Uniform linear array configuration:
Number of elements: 24
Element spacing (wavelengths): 1
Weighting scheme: hann
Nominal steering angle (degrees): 60
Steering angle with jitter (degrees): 61.482
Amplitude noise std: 0.05
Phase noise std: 0.05

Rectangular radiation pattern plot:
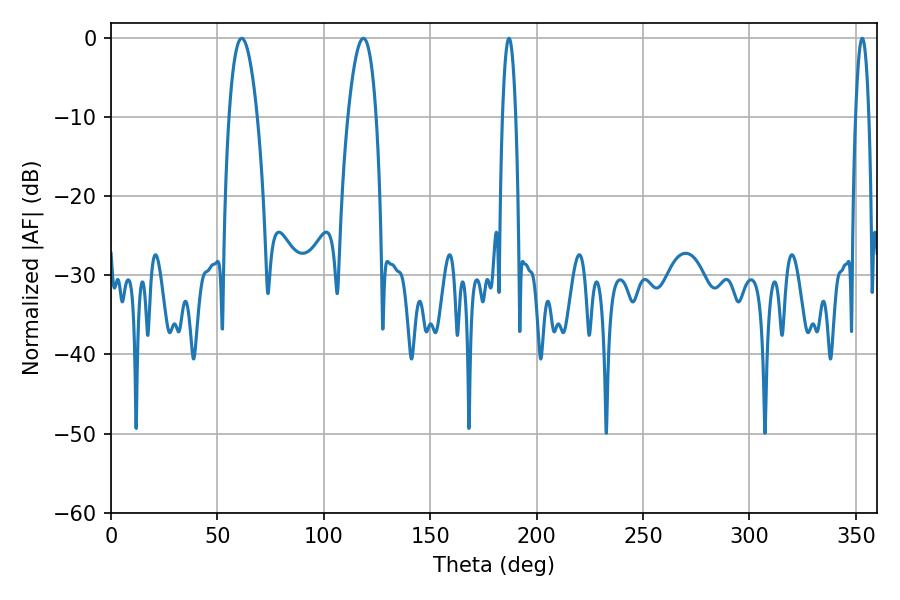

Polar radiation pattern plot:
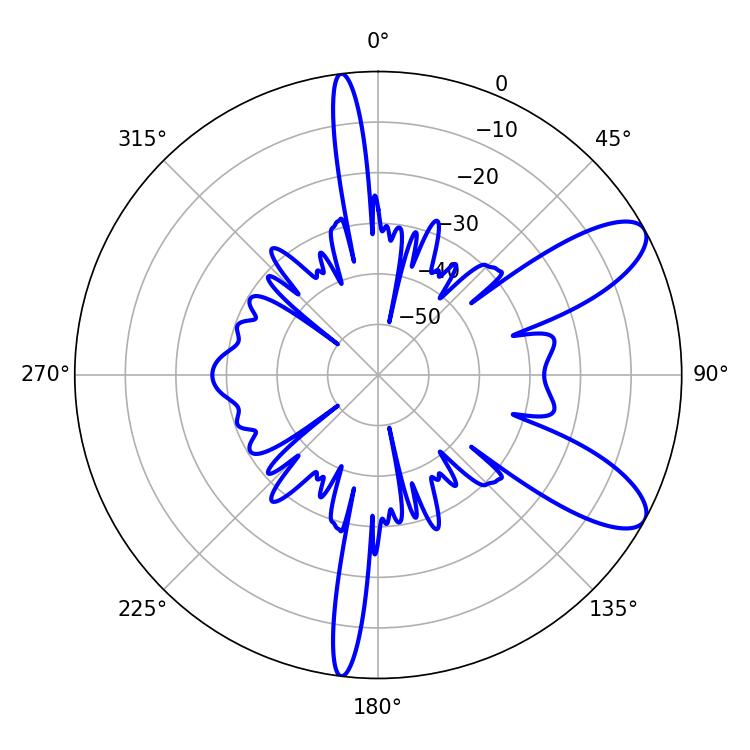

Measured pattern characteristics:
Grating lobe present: TRUE
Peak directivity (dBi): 9.457
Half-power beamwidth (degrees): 7.38
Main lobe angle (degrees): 61.38